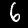
Digit: 6